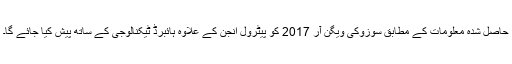
حاصل شدہ معلومات کے مطابق سوزوکی ویگن آر 2017 کو پیٹرول انجن کے علاوہ ہائبرڈ ٹیکنالوجی کے ساتھ پیش کیا جائے گا۔